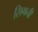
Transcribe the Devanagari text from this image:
सिगनी